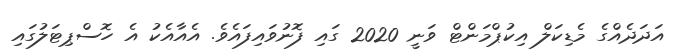
އަދަދެއްގެ މެޑިކަލް އިކުޕްމަންޓް ވަނީ 2020 ގައި ފޮނުވައިފައެވެ. އެއާއެކު އެ ހޮސްޕިޓަލުގައި